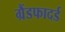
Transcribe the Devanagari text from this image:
ग्रैंडफादर्ड